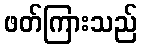
ဖတ်ကြားသည်